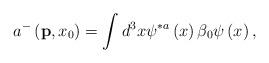
LaTeX: \begin{align*}a^{-}\left( {\bf p},x_{0}\right) =\int d^{3}x\psi ^{\ast a}\left( x\right)\beta _{0}\psi \left( x\right) , \end{align*}